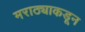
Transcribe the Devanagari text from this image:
मराठ्याकडून